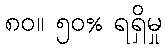
၈၀။ ၅၀% ရရှိမှု